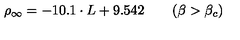
\rho _ { \infty } = - 1 0 . 1 \cdot L + 9 . 5 4 2 \qquad ( \beta > \beta _ { c } )